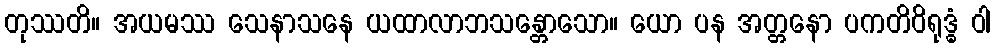
တုဿတိ။ အယမဿ သေနာသနေ ယထာလာဘသန္တောသော။ ယော ပန အတ္တနော ပကတိဝိရုဒ္ဓံ ဝါ